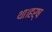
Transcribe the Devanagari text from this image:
था।हर्ष